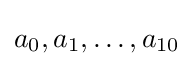
a_{0},a_{1},\ldots ,a_{10}